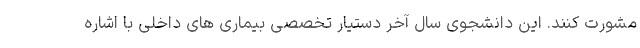
مشورت کنند. این دانشجوی سال آخر دستیار تخصصی بیماری های داخلی با اشاره